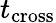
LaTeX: t_{\mathrm{cross}}